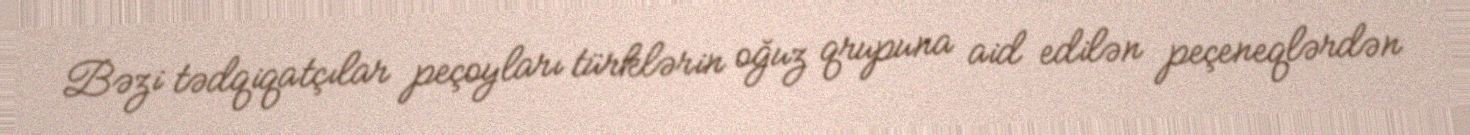
Bəzi tədqiqatçılar peçoyları türklərin oğuz qrupuna aid edilən peçeneqlərdən